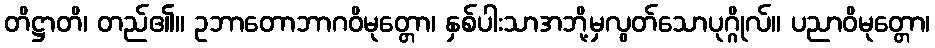
တိဋ္ဌာတိ၊ တည်၏။ ဥဘာတောဘာဂဝိမုတ္တော၊ နှစ်ပါးသာအဘို့မှလွတ်သောပုဂ္ဂိုလ်။ ပညာဝိမုတ္တော၊